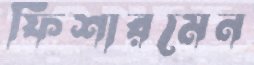
ফিশারমেন